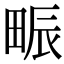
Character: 𤱼